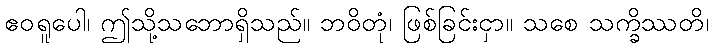
ဧဝရူပေါ၊ ဤသို့သဘောရှိသည်။ ဘဝိတုံ၊ ဖြစ်ခြင်းငှာ။ သစေ သက္ခိဿတိ၊